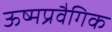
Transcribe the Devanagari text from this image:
ऊष्मप्रवैगिक